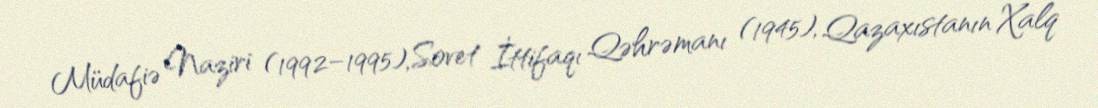
Müdafiə Naziri (1992–1995), Sovet İttifaqı Qəhrəmanı (1945), Qazaxıstanın Xalq